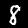
Digit: 8